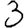
Digit: 3